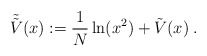
\begin{align*}\tilde{\tilde{V}}(x) := \frac{1}{N} \ln ( x^2 ) + \tilde{V}(x) \; .\end{align*}